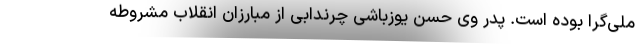
ملی­گرا بوده است. پدر وی حسن یوزباشی چرندابی از مبارزان انقلاب مشروطه